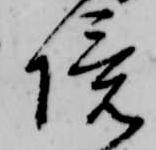
境